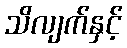
သိလျက်နှင့်